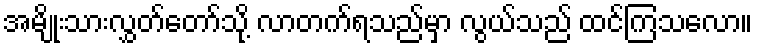
အမျိုးသားလွှတ်တော်သို့ လာတက်ရသည်မှာ လွယ်သည် ထင်ကြသလော။